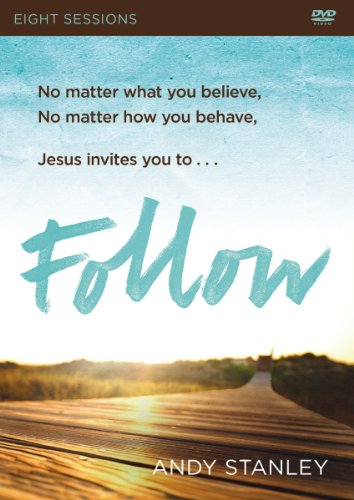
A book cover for Follow: A DVD Study: No Experience Necessary; Andy Stanley; Christian Books & Bibles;